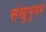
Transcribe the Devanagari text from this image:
संखुमुघम